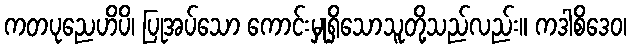
ကတပုညေဟိပိ၊ ပြုအပ်သော ကောင်းမှုရှိသောသူတို့သည်လည်း။ ကဒါစိဒေဝ၊